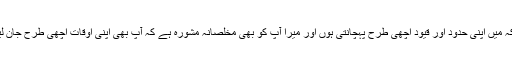
جب کہ میں اپنی حدود اور قیود اچھی طرح پہچانتی ہوں اور میرا آپ کو بھی مخلصانہ مشورہ ہے کہ آپ بھی اپنی اوقات اچھی طرح جان لیجیے۔